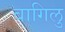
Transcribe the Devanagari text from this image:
बागिलु